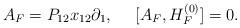
LaTeX: \begin{align*}A_F = P_{12} x_{12} \partial_1 , \ \ \ \ [A_F, H_F^{(0)} ] = 0.\end{align*}